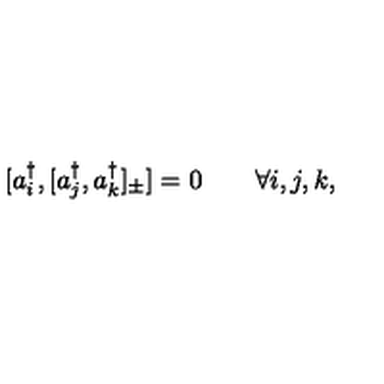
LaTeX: [ a _ { i } ^ { \dagger } , [ a _ { j } ^ { \dagger } , a _ { k } ^ { \dagger } ] _ { \pm } ] = 0 \qquad \forall i , j , k ,